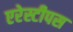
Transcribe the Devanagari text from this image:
एरेस्टीपस